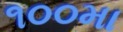
૧૦૦મા